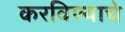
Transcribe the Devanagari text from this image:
करविण्याचे